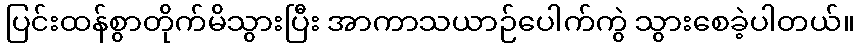
ပြင်းထန်စွာတိုက်မိသွားပြီး အာကာသယာဉ်ပေါက်ကွဲ သွားစေခဲ့ပါတယ်။